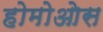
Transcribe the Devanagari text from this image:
होमोओस